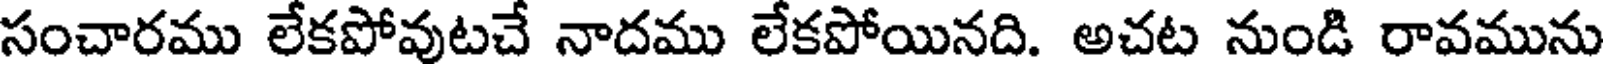
సంచారము లేకపోవుటచే నాదము లేకపోయినది. అచట నుండి రావమును